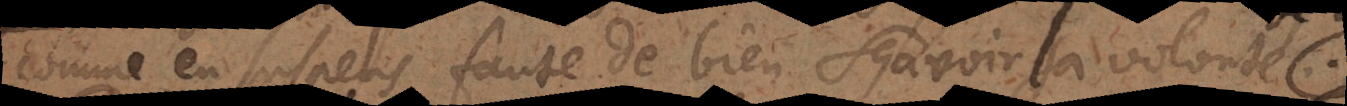
comme en suspens faute de bien sçavoir la volonté